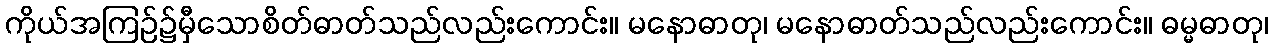
ကိုယ်အကြဉ်၌မှီသောစိတ်ဓာတ်သည်လည်းကောင်း။ မနောဓာတု၊ မနောဓာတ်သည်လည်းကောင်း။ ဓမ္မဓာတု၊